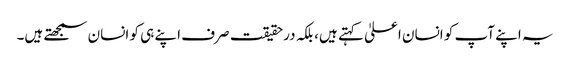
یہ اپنے آپ کو انسان اعلیٰ کہتے ہیں، بلکہ درحقیقت صرف اپنے ہی کو انسان سمجھتے ہیں۔